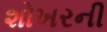
શોખરની